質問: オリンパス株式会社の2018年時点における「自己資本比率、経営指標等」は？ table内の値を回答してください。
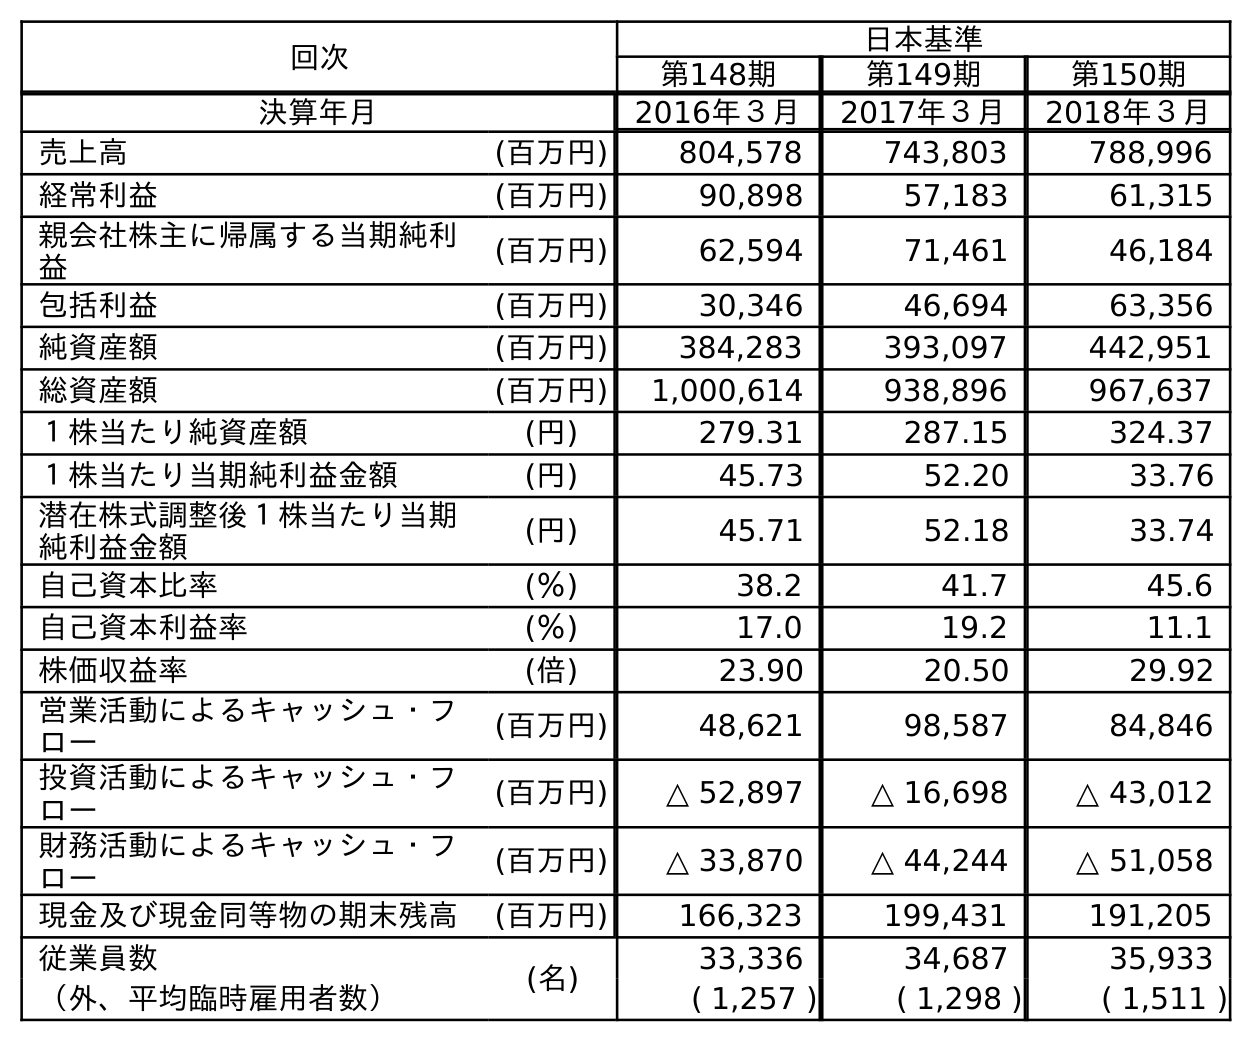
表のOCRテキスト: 回次 日本基準 第148期 第149期 第150期 決算年月 2016年３月 2017年３月 2018年３月 売上高 (百万円) 804,578 743,803 788,996 経常利益 (百万円) 90,898 57,183 61,315 親会社株主に帰属する当期純利 益 (百万円) 62,594 71,461 46,184 包括利益 (百万円) 30,346 46,694 63,356 純資産額 (百万円) 384,283 393,097 442,951 総資産額 (百万円) 1,000,614 938,896 967,637 １株当たり純資産額 (円) 279.31 287.15 324.37 １株当たり当期純利益金額 (円) 45.73 52.20 33.76 潜在株式調整後１株当たり当期 純利益金額 (円) 45.71 52.18 33.74 自己資本比率 (％) 38.2 41.7 45.6 自己資本利益率 (％) 17.0 19.2 11.1 株価収益率 (倍) 23.90 20.50 29.92 営業活動によるキャッシュ・フ ロー (百万円) 48,621 98,587 84,846 投資活動によるキャッシュ・フ ロー (百万円) △ 52,897 △ 16,698 △ 43,012 財務活動によるキャッシュ・フ ロー (百万円) △ 33,870 △ 44,244 △ 51,058 現金及び現金同等物の期末残高 (百万円) 166,323 199,431 191,205 従業員数 (名) 33,336 34,687 35,933 （外、平均臨時雇用者数） ( 1,257 ) ( 1,298 ) ( 1,511 )
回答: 45.6